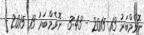
ނޮވެމްބަރު 13